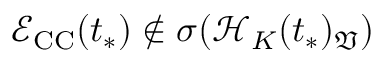
\mathcal { E } _ { \mathrm { C C } } ( t _ { * } ) \not \in \sigma ( \mathcal { H } _ { K } ( t _ { * } ) _ { \mathfrak { V } } )